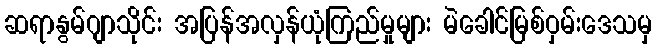
ဆရာနွမ်ဂျာသိုင်း အပြန်အလှန်ယုံကြည်မှုများ မဲခေါင်မြစ်ဝှမ်းဒေသမှ